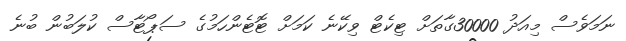
ނަމަވެސް މިއަދު 30000ގާތަށް ޓިކެޓް ވިކޭނެ ކަމަށް ޓޮޓެންހަމުގެ ސަޕޯޓާސް ކުލަބުން ބުނެ